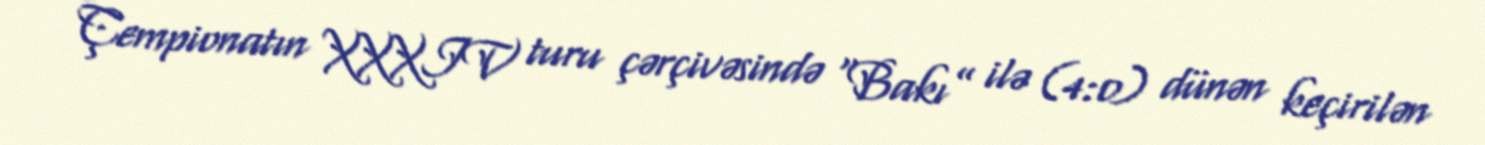
Çempionatın XXXIV turu çərçivəsində “Bakı” ilə (4:0) dünən keçirilən